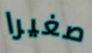
صغيرا